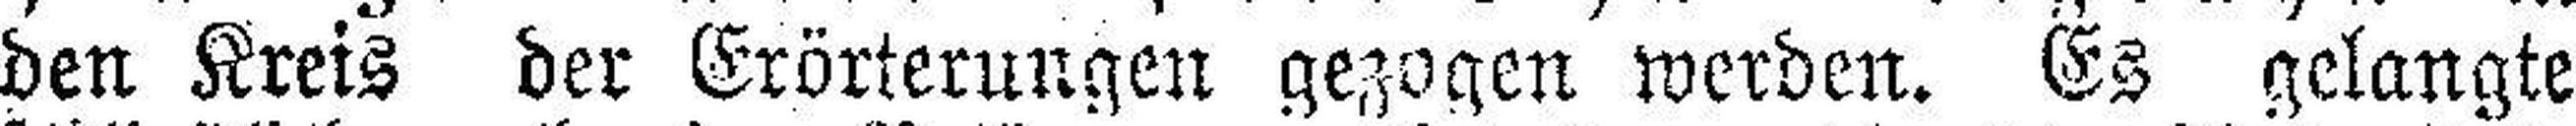
den Kreis der Erörterungen gezogen werden. Es gelangte